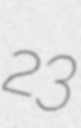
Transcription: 23